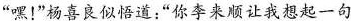
“嘿!”杨喜良似悟道:“你李来顺让我想起一句